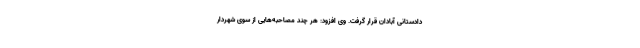
دادستانی آبادان قرار گرفت. وی افزود: هر چند مصاحبه‌هایی از سوی شهردار